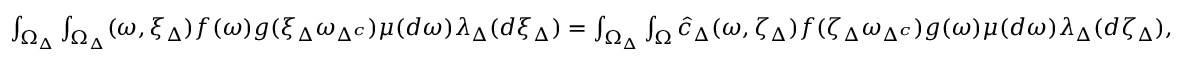
\begin{array} { r } { \int _ { \Omega _ { \Delta } } \int _ { \Omega _ { \Delta } } ( \omega , \xi _ { \Delta } ) f ( \omega ) g ( \xi _ { \Delta } \omega _ { \Delta ^ { c } } ) \mu ( d \omega ) \lambda _ { \Delta } ( d \xi _ { \Delta } ) = \int _ { \Omega _ { \Delta } } \int _ { \Omega } \hat { c } _ { \Delta } ( \omega , \zeta _ { \Delta } ) f ( \zeta _ { \Delta } \omega _ { \Delta ^ { c } } ) g ( \omega ) \mu ( d \omega ) \lambda _ { \Delta } ( d \zeta _ { \Delta } ) , } \end{array}